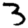
Digit: 3